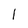
Character: 1